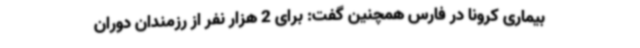
بیماری کرونا در فارس همچنین گفت: برای 2 هزار نفر از رزمندان دوران